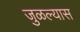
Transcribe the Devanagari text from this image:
जुळल्यास